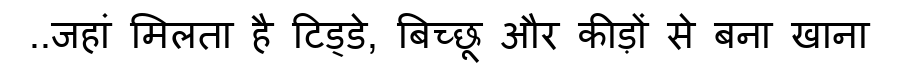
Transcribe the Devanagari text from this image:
..जहां मिलता है टिड्डे, बिच्छू और कीड़ों से बना खाना